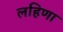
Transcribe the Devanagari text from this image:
लहिणा